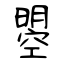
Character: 曌